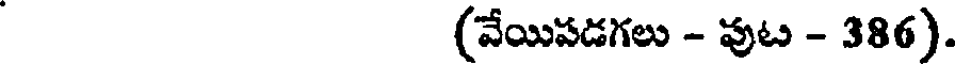
(వేయిపడగలు - వుట - 386).